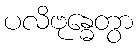
ပလိဗုန္ဓေတွာ